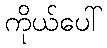
ကိုယ်ပေါ်